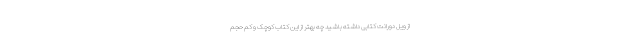
از ویل دورانت کتابی داشته باشید چه بهتر از این کتاب کوچک و کم حجم